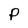
Character: P